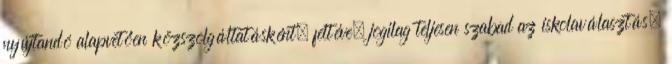
nyújtandó alapvetően közszolgáltatásként, feltéve, jogilag teljesen szabad az iskolaválasztás,